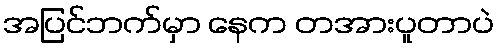
အပြင်ဘက်မှာ နေက တအားပူတာပဲ